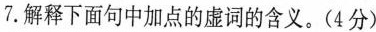
7.解释下面句中加点的虚词的含义。(4分)